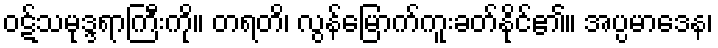
ဝဋ်သမုဒ္ဒရာကြီးကို။ တရတိ၊ လွန်မြောက်ကူးခတ်နိုင်၏။ အပ္ပမာဒေန၊